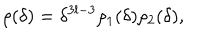
\rho ( \delta ) = \delta ^ { 3 l - 3 } \rho _ { 1 } ( \delta ) \rho _ { 2 } ( \delta ) ,